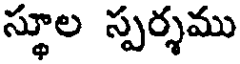
స్థూల స్పర్శము